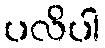
ပလိပါ